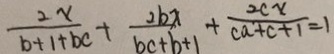
\frac { 2 x } { b + 1 + b c } + \frac { 2 b x } { b c + b + 1 } + \frac { 2 c x } { c a + c + 1 } = 1